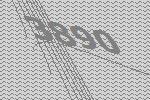
3890